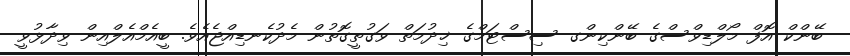
ބޭންކް އޮފް މޯލްޑިވްސްގެ ބޭންކިންގ ސިސްޓަމްގެ ޚިދުމަތް ވަގުތީގޮތުން މެދުކެނޑިއްޖެއެވެ. ބީއެމްއެލްއިން ވިދާޅުވީ